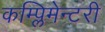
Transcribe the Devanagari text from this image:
कम्प्लिमेन्टरी